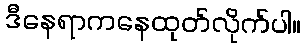
ဒီနေရာကနေထုတ်လိုက်ပါ။